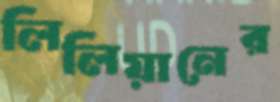
লিলিয়ানের